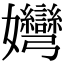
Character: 𡤶